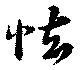
怯